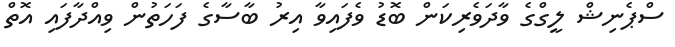
ސްޕެނިޝް ލީގްގެ ވާދަވެރިކަން ބޮޑު ވެފައިވާ އިރު ބާސާގެ ފަހަތުން ވިއްދާފައި އޮތް